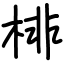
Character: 棑